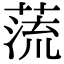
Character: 蓅